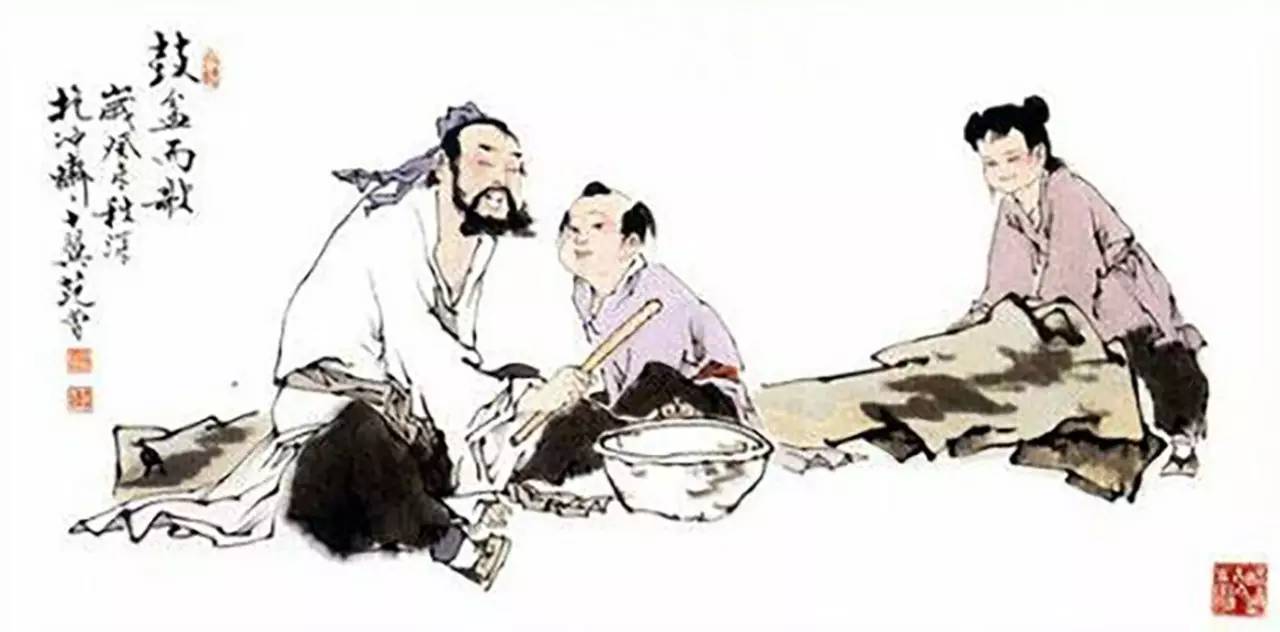
因其国家去其无用之费，足以倍之。